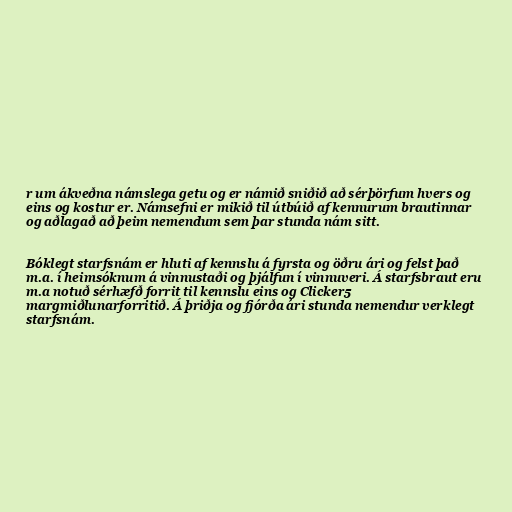
r um ákveðna námslega getu og er námið sniðið að sérþörfum hvers og
eins og kostur er. Námsefni er mikið til útbúið af kennurum brautinnar
og aðlagað að þeim nemendum sem þar stunda nám sitt.

Bóklegt starfsnám er hluti af kennslu á fyrsta og öðru ári og felst það
m.a. í heimsóknum á vinnustaði og þjálfun í vinnuveri. Á starfsbraut eru
m.a notuð sérhæfð forrit til kennslu eins og Clicker5
margmiðlunarforritið. Á þriðja og fjórða ári stunda nemendur verklegt
starfsnám.